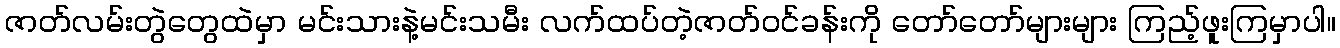
ဇာတ်လမ်းတွဲတွေထဲမှာ မင်းသားနဲ့မင်းသမီး လက်ထပ်တဲ့ဇာတ်ဝင်ခန်းကို တော်တော်များများ ကြည့်ဖူးကြမှာပါ။